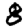
Digit: 8